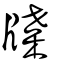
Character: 牒